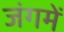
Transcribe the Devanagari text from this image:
जंगमें